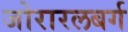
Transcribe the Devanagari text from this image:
जोरारलबर्ग